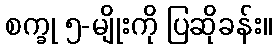
စက္ခု ၅-မျိုးကို ပြဆိုခန်း။